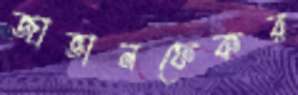
জাভানফেকর